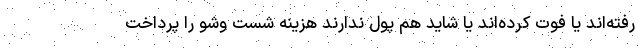
رفته‌اند یا فوت کرده‌اند یا شاید هم پول ندارند هزینه شست وشو را پرداخت